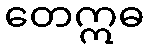
တေဣဓ